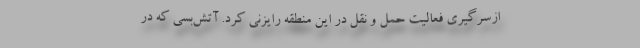
ازسرگیری فعالیت حمل و نقل در این منطقه رایزنی کرد. آتش‌بسی که در